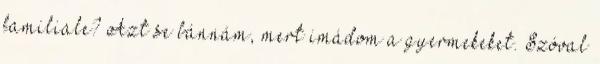
familiale? Azt se bánnám, mert imádom a gyermekeket. Szóval